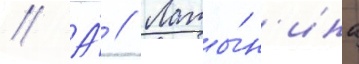
// А́ // Латы́н'ина